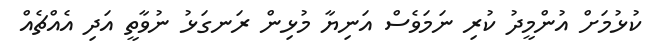
ކުޅުމަށް އުންމީދު ކުރި ނަމަވެސް އަނިޔާ މުޅިން ރަނގަޅު ނުވާތީ އަދި އެއްޗެއް